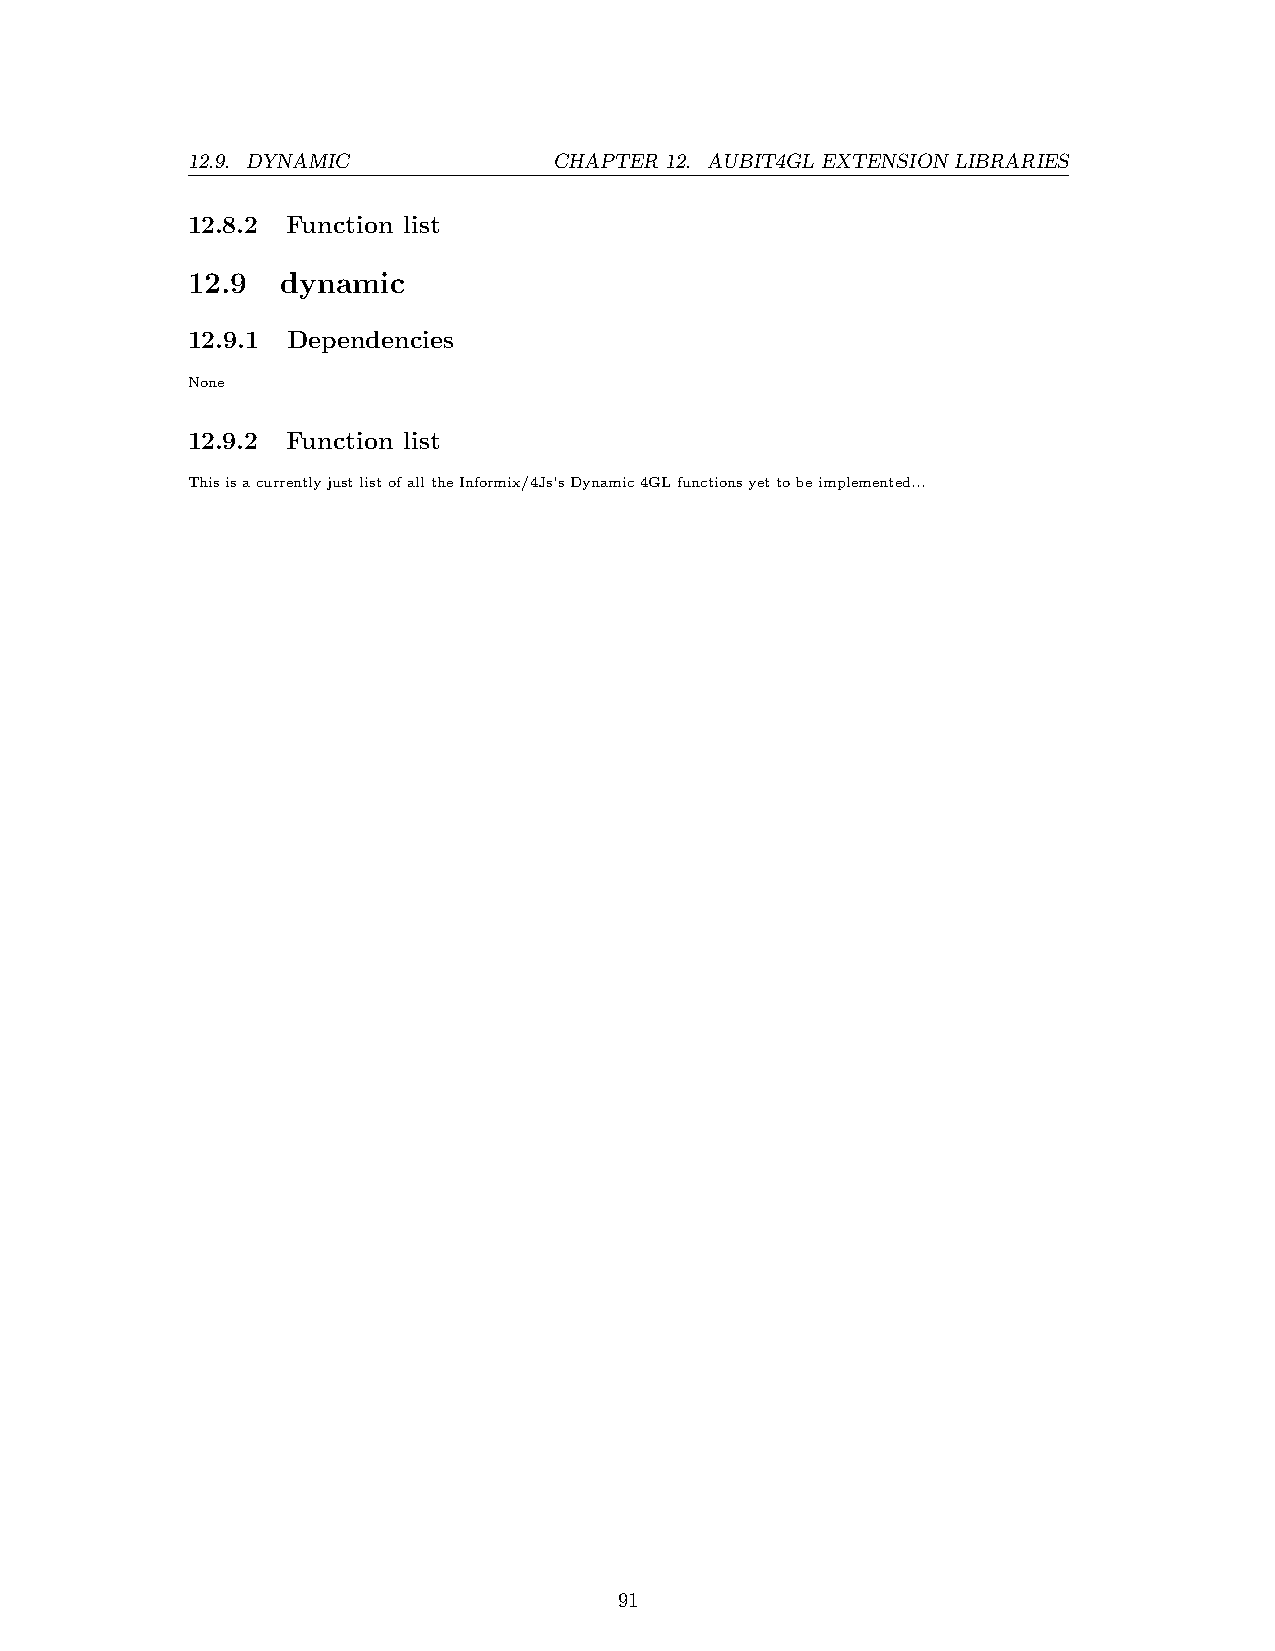
12.9. DYNAMIC            CHAPTER 12. AUBIT4GL EXTENSION LIBRARIES
 12.8.2 Function list
 12.9   dynamic
 12.9.1 Dependencies
 None
 12.9.2 Function list
 ThisisacurrentlyjustlistofalltheInformix/4Js’sDynamic4GLfunctionsyettobeimplemented...
 91